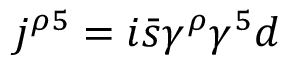
j ^ { \rho 5 } = i \bar { s } \gamma ^ { \rho } \gamma ^ { 5 } d